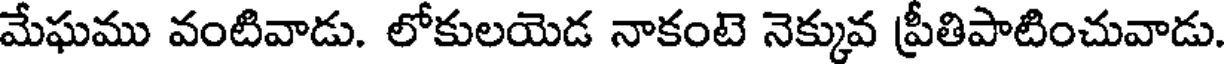
మేఘము వంటివాడు. లోకులయెడ నాకంటె నెక్కువ ప్రీతిపాటించువాడు.